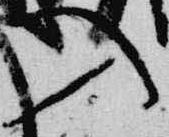
入